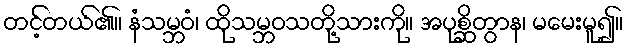
တင့်တယ်၏။ နံသမ္ဘဝံ၊ ထိုသမ္ဘဝသတို့သားကို။ အပုစ္ဆိတွာန၊ မမေးမူ၍။